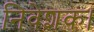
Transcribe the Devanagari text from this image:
निवेशक।